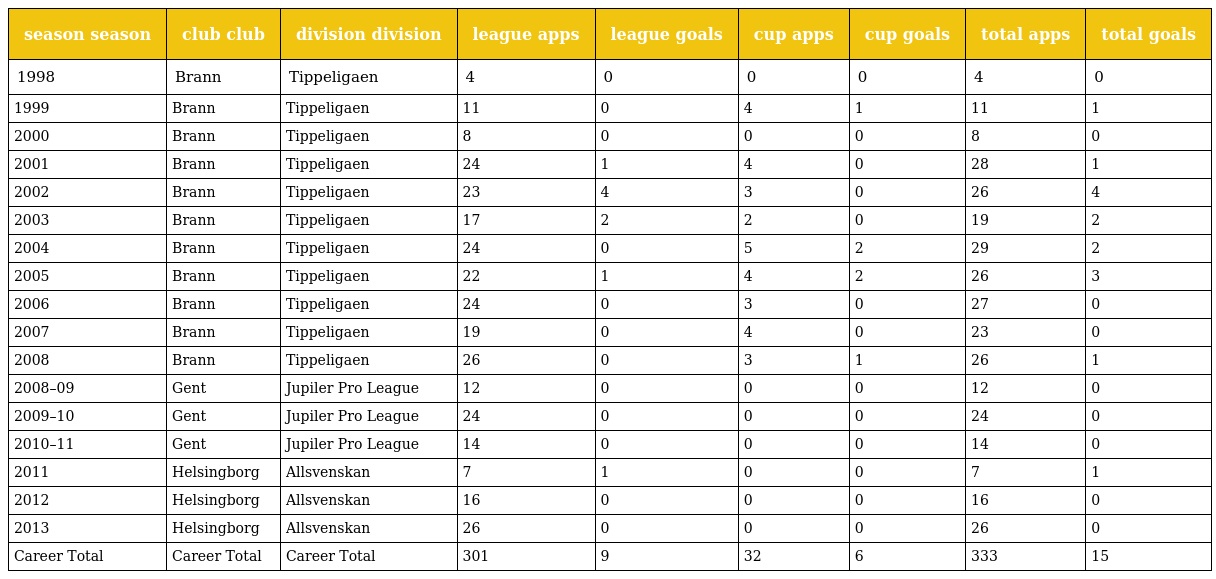
| season season | club club | division division | league apps | league goals | cup apps | cup goals | total apps | total goals |
 | --- | --- | --- | --- | --- | --- | --- | --- | --- |
 | 1998 | Brann | Tippeligaen | 4 | 0 | 0 | 0 | 4 | 0 |
 | 1999 | Brann | Tippeligaen | 11 | 0 | 4 | 1 | 11 | 1 |
 | 2000 | Brann | Tippeligaen | 8 | 0 | 0 | 0 | 8 | 0 |
 | 2001 | Brann | Tippeligaen | 24 | 1 | 4 | 0 | 28 | 1 |
 | 2002 | Brann | Tippeligaen | 23 | 4 | 3 | 0 | 26 | 4 |
 | 2003 | Brann | Tippeligaen | 17 | 2 | 2 | 0 | 19 | 2 |
 | 2004 | Brann | Tippeligaen | 24 | 0 | 5 | 2 | 29 | 2 |
 | 2005 | Brann | Tippeligaen | 22 | 1 | 4 | 2 | 26 | 3 |
 | 2006 | Brann | Tippeligaen | 24 | 0 | 3 | 0 | 27 | 0 |
 | 2007 | Brann | Tippeligaen | 19 | 0 | 4 | 0 | 23 | 0 |
 | 2008 | Brann | Tippeligaen | 26 | 0 | 3 | 1 | 26 | 1 |
 | 2008–09 | Gent | Jupiler Pro League | 12 | 0 | 0 | 0 | 12 | 0 |
 | 2009–10 | Gent | Jupiler Pro League | 24 | 0 | 0 | 0 | 24 | 0 |
 | 2010–11 | Gent | Jupiler Pro League | 14 | 0 | 0 | 0 | 14 | 0 |
 | 2011 | Helsingborg | Allsvenskan | 7 | 1 | 0 | 0 | 7 | 1 |
 | 2012 | Helsingborg | Allsvenskan | 16 | 0 | 0 | 0 | 16 | 0 |
 | 2013 | Helsingborg | Allsvenskan | 26 | 0 | 0 | 0 | 26 | 0 |
 | Career Total | Career Total | Career Total | 301 | 9 | 32 | 6 | 333 | 15 |